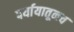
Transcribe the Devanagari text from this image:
पर्यायातूनच